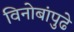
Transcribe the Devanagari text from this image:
विनोबांपुढे